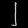
Digit: ၂